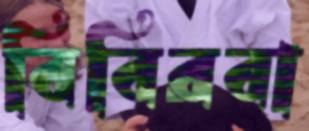
বিবিরবা